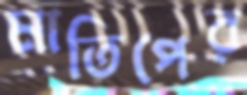
মাতিপের